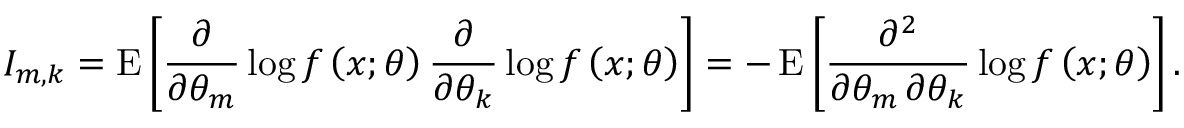
I _ { m , k } = \operatorname { E } \left[ { \frac { \partial } { \partial \theta _ { m } } } \log f \left( x ; { \boldsymbol { \theta } } \right) { \frac { \partial } { \partial \theta _ { k } } } \log f \left( x ; { \boldsymbol { \theta } } \right) \right] = - \operatorname { E } \left[ { \frac { \partial ^ { 2 } } { \partial \theta _ { m } \, \partial \theta _ { k } } } \log f \left( x ; { \boldsymbol { \theta } } \right) \right] .